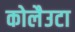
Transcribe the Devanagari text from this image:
कोलैउटा